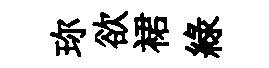
珎欲裙綠